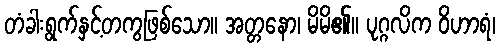
တံခါးရွက်နှင့်တကွဖြစ်သော။ အတ္တနော၊ မိမိ၏။ ပုဂ္ဂလိက ဝိဟာရံ၊